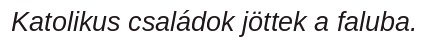
Katolikus családok jöttek a faluba.